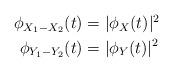
LaTeX: \begin{align*} \begin{aligned} \phi_{X_1-X_2}(t)&=|\phi_X(t)|^2\\ \phi_{Y_1-Y_2}(t)&=|\phi_Y(t)|^2 \end{aligned}\end{align*}